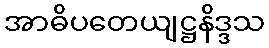
အာဓိပတေယျဋ္ဌနိဒ္ဒသ